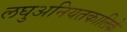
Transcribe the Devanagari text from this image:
लघुअनियतकालिके